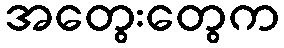
အတွေးတွေက